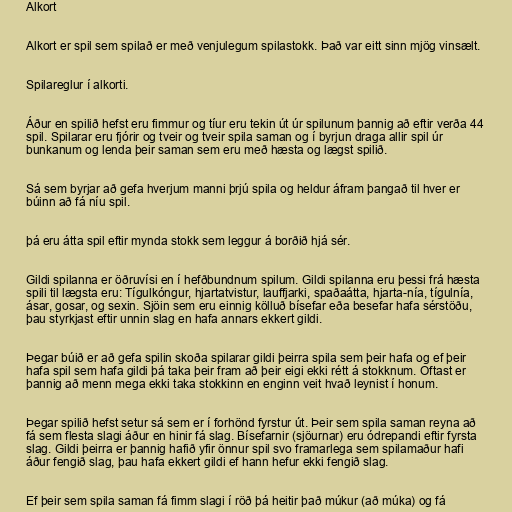
Alkort

Alkort er spil sem spilað er með venjulegum spilastokk. Það var eitt sinn mjög vinsælt.

Spilareglur í alkorti.

Áður en spilið hefst eru fimmur og tíur eru tekin út úr spilunum þannig að eftir verða 44
spil. Spilarar eru fjórir og tveir og tveir spila saman og í byrjun draga allir spil úr
bunkanum og lenda þeir saman sem eru með hæsta og lægst spilið.

Sá sem byrjar að gefa hverjum manni þrjú spila og heldur áfram þangað til hver er
búinn að fá níu spil.

þá eru átta spil eftir mynda stokk sem leggur á borðið hjá sér.

Gildi spilanna er öðruvísi en í hefðbundnum spilum. Gildi spilanna eru þessi frá hæsta
spili til lægsta eru: Tígulkóngur, hjartatvistur, lauffjarki, spaðaátta, hjarta-nía, tígulnía,
ásar, gosar, og sexin. Sjöin sem eru einnig kölluð bísefar eða besefar hafa sérstöðu,
þau styrkjast eftir unnin slag en hafa annars ekkert gildi.

Þegar búið er að gefa spilin skoða spilarar gildi þeirra spila sem þeir hafa og ef þeir
hafa spil sem hafa gildi þá taka þeir fram að þeir eigi ekki rétt á stokknum. Oftast er
þannig að menn mega ekki taka stokkinn en enginn veit hvað leynist í honum.

Þegar spilið hefst setur sá sem er í forhönd fyrstur út. Þeir sem spila saman reyna að
fá sem flesta slagi áður en hinir fá slag. Bísefarnir (sjöurnar) eru ódrepandi eftir fyrsta
slag. Gildi þeirra er þannig hafið yfir önnur spil svo framarlega sem spilamaður hafi
áður fengið slag, þau hafa ekkert gildi ef hann hefur ekki fengið slag.

Ef þeir sem spila saman fá fimm slagi í röð þá heitir það múkur (að múka) og fá